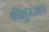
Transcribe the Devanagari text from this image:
कीशुरूआत